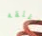
أغلقه